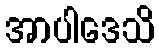
အာပါဒေသိ